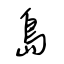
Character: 島